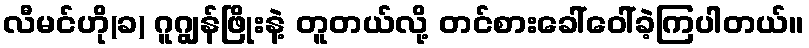
လီမင်ဟို(ခ) ဂူဂျွန်ဖြိုးနဲ့ တူတယ်လို့ တင်စားခေါ်ဝေါ်ခဲ့ကြပါတယ်။